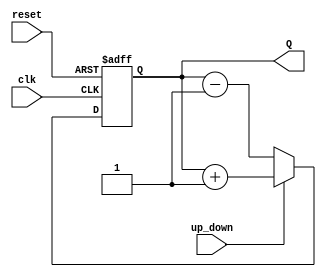
module up_down_counter(Q,clk,reset,up_down);
output [3:0]Q;
input clk,reset,up_down;
reg [3:0]Q;
always @(posedge clk or posedge reset)
begin
if(reset)
Q<=4'b0;
else if(up_down)
Q<=Q+1;
else
Q<=Q-1;
end
endmodule